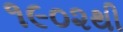
૧૯૦૨થી